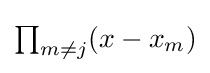
{\textstyle \prod _{m\neq j}(x-x_{m})}